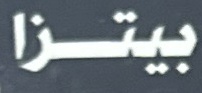
بيتزا